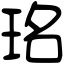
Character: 𤥁